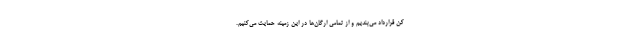
کن قرارداد می‌بندیم و از تمامی ارگان‌ها در این زمینه حمایت می‌کنیم.